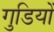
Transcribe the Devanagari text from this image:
गुडियों